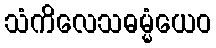
သံကိလေသဓမ္မံယေဝ